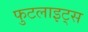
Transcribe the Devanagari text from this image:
फुटलाइट्स